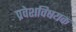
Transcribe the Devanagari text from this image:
प्रवेशविषयक